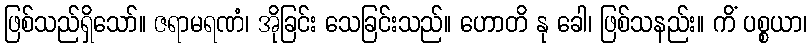
ဖြစ်သည်ရှိသော်။ ဇရာမရဏံ၊ အိုခြင်း သေခြင်းသည်။ ဟောတိ နု ခေါ၊ ဖြစ်သနည်း။ ကိံ ပစ္စယာ၊